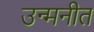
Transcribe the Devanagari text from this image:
उन्मनीत